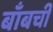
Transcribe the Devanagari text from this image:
बाँबची